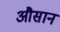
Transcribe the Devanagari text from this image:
औसान